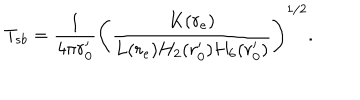
LaTeX: T _ { s b } = { \frac { 1 } { 4 \pi r _ { 0 } ^ { \prime } } } \left( { \frac { K ( r _ { \mathrm { e } } ) } { L ( r _ { \mathrm { e } } ) H _ { 2 } ( r _ { 0 } ^ { \prime } ) H _ { 6 } ( r _ { 0 } ^ { \prime } ) } } \right) ^ { 1 / 2 } .